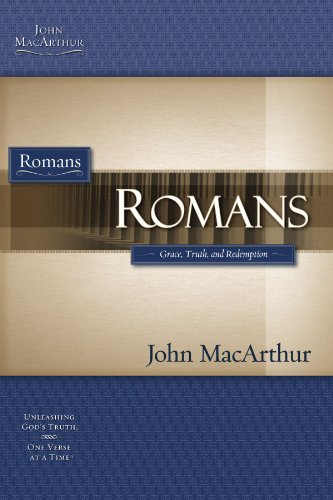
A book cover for Romans (MacArthur Bible Studies); John F. MacArthur; Christian Books & Bibles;